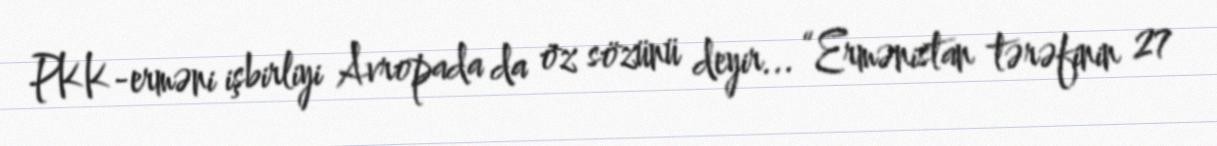
PKK-erməni işbirliyi Avropada da öz sözünü deyir... “Ermənistan tərəfinin 27